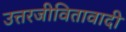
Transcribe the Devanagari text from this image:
उत्तरजीवितावादी